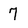
Character: 7